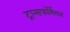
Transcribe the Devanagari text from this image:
ट्रान्सफॉर्मेशन